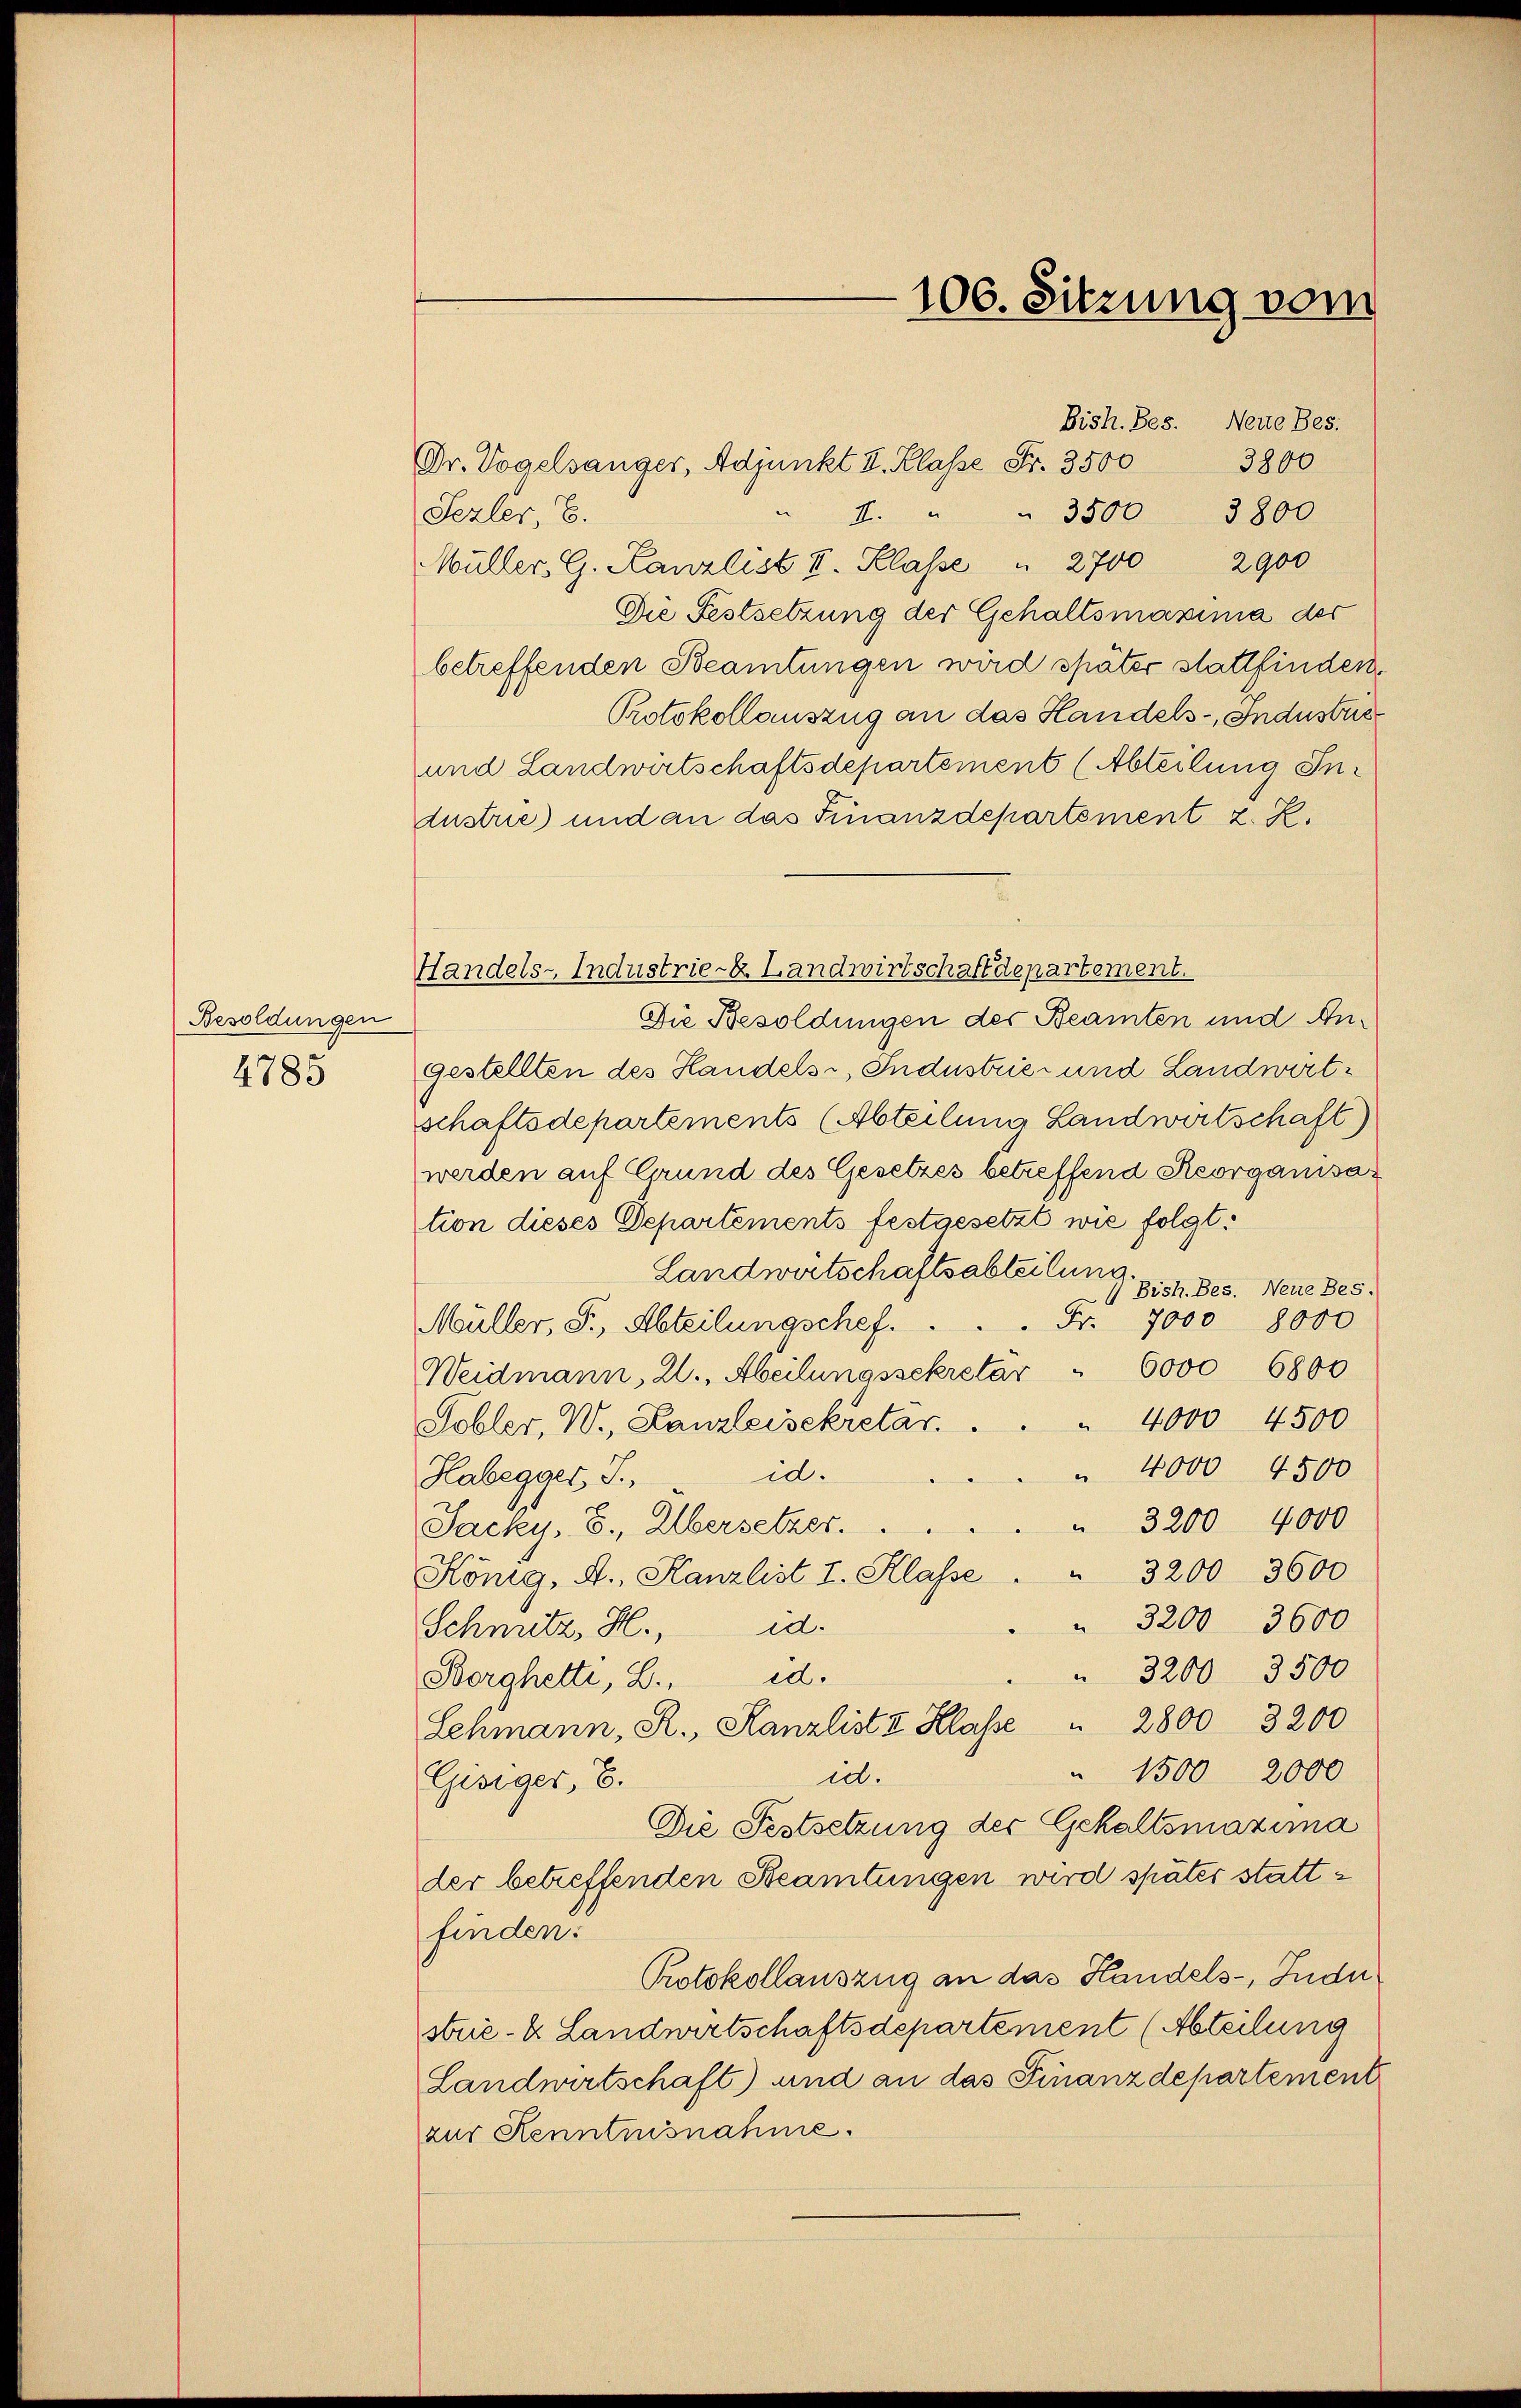
Besoldungen
4785

Sezler, E.
Müller. G. Kanzlist I. Klasse " 2700 2900
Die Festsetzung der Gehaltsmassima der
betreffenden Beamtungen wird später stattfinden
Protokollauszug an das Handels-, Industris
und Landwirtschaftsdepartement (Abteilung Industrie) und an das Finanzdepartement z. Z.
Handels-Industrie- & Landwirtschaftdepartement.
Die Besoldungen der Beamten und Angestellten des Handels, Industrie- und Landwirtschaftsdepartements (Abteilung Landwirtschaft)
werden auf Grund des Gesetzes betreffend Reorganisation dieses Departements festgesetzt wie folgt.
Landwirtschaftsabteilung
 Bish.Bes. Neue Bes.
Fr. 7000 8000
Müller, S., Abteilungschef.
6000
6800
Weidmann, 2., Abeilungssekretar
4000 4500
Sobler, W., Kanzleisekretar.
" 4000 4500
id.
Habegger, S.
 3200 4000
Jacky, 3., Übersetzer.
König. A. Kanzlist I. Klasse . " 3200 3600
 3200 3600
Schnitz, H., d.
 3200 3500
Borghetti, L., d.
Lehmann, R., Kanzlist & Klasse " 2800 3200
" 1500 2000
ict.
Gisiger, E.
Die Festsetzung der Gehaltsmaxima
der betreffenden Beamtungen wird später stattfinden:
Protokollauszug an das Handels-, Indu
strie- & Landwirtschaftsdepartement (Abteilung
Landwirtschaft) und an das Finanzdepartement
zur Kenntnisnahme.

Dr. Vogelsanger, Adjunkt I. Klasse S. 350 3800

106. Sitzung vom

Bish.Bes. Neue Bes.
I. " " 3500 3800